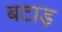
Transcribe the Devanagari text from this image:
बटाड़